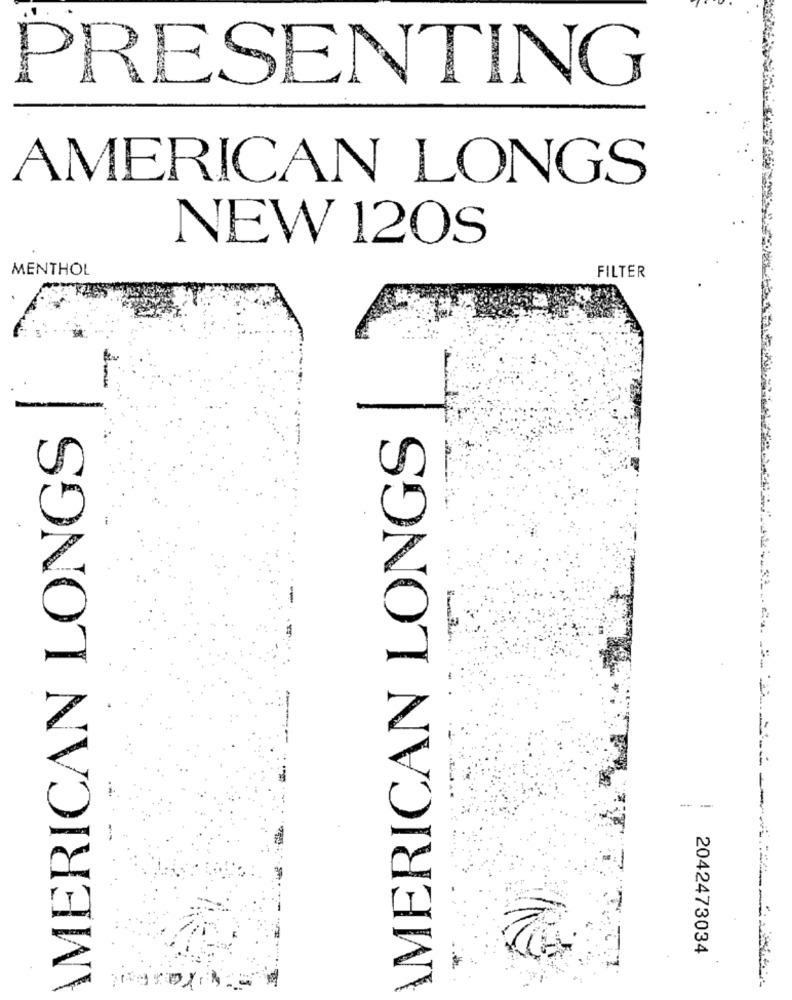
PRESENTING
AMERICAN LONGS
NEW 120S
MENTHOL
FILTER
for
-
AMERICAN LONGS
AMERICAN LONGS
2042473034